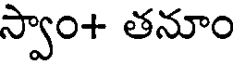
స్వాం+ తనూం